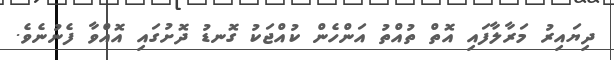
ދިޔައިރު މަރާލާފައި އޮތް ތުއްތު އަންހެން ކުއްޖަކު ގޮނޑު ދޮށުގައި އޮއްވާ ފެނުނެވެ.